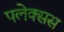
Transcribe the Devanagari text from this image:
पलेक्सस